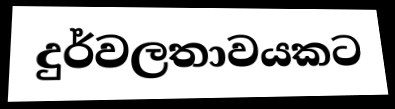
දුර්වලතාවයකට